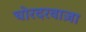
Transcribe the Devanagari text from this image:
चोरदरवाज़ा